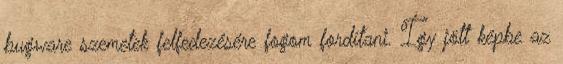
bugware szemetek felfedezésére fogom fordítani. Így jött képbe az